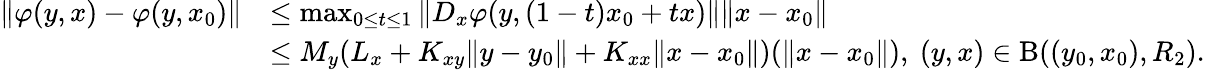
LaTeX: \begin{array}{rl}{\Vert\varphi(y,x)-\varphi(y,x_{0})\Vert}&{\leq\operatorname*{max}_{0\leq t\leq 1}\Vert D_{x}\varphi(y,(1-t)x_{0}+tx)\Vert\Vert x-x_{0}\Vert}\\ &{\leq M_{y}(L_{x}+K_{xy}\Vert y-y_{0}\Vert+K_{xx}\Vert x-x_{0}\Vert)(\Vert x-x_{0}\Vert),\ (y,x)\in\mathrm{B}((y_{0},x_{0}),R_{2}).}\end{array}